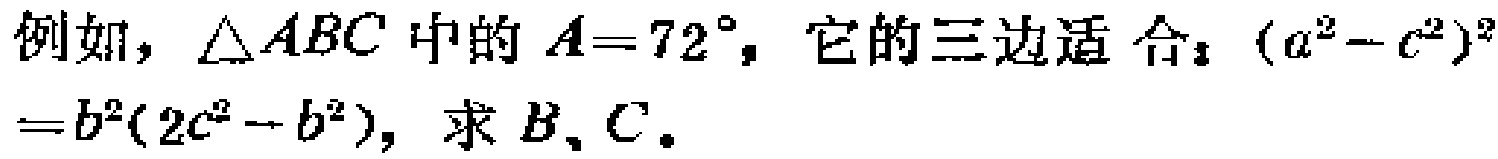
例如，\(\triangle ABC\)中的\(A = 72^{\circ}\)，它的三边适合：\((a^{2}-c^{2})^{2}=b^{2}(2c^{2}-b^{2})\)，求\(B\)、\(C\)。